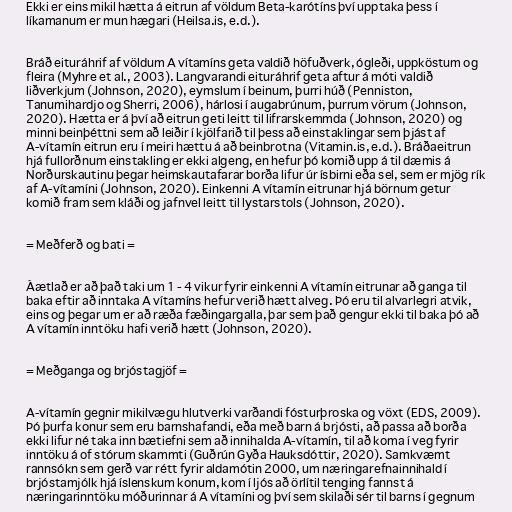
Ekki er eins mikil hætta á eitrun af völdum Beta-karótíns því upptaka þess í
líkamanum er mun hægari (Heilsa.is, e.d.).

Bráð eituráhrif af völdum A vítamíns geta valdið höfuðverk, ógleði, uppköstum og
fleira (Myhre et al., 2003). Langvarandi eituráhrif geta aftur á móti valdið
liðverkjum (Johnson, 2020), eymslum í beinum, þurri húð (Penniston,
Tanumihardjo og Sherri, 2006), hárlosi í augabrúnum, þurrum vörum (Johnson,
2020). Hætta er á því að eitrun geti leitt til lifrarskemmda (Johnson, 2020) og
minni beinþéttni sem að leiðir í kjölfarið til þess að einstaklingar sem þjást af
A-vítamín eitrun eru í meiri hættu á að beinbrotna (Vitamin.is, e.d.). Bráðaeitrun
hjá fullorðnum einstakling er ekki algeng, en hefur þó komið upp á til dæmis á
Norðurskautinu þegar heimskautafarar borða lifur úr ísbirni eða sel, sem er mjög rík
af A-vítamíni (Johnson, 2020). Einkenni A vítamín eitrunar hjá börnum getur
komið fram sem kláði og jafnvel leitt til lystarstols (Johnson, 2020).

= Meðferð og bati =

Áætlað er að það taki um 1 - 4 vikur fyrir einkenni A vítamín eitrunar að ganga til
baka eftir að inntaka A vítamíns hefur verið hætt alveg. Þó eru til alvarlegri atvik,
eins og þegar um er að ræða fæðingargalla, þar sem það gengur ekki til baka þó að
A vítamín inntöku hafi verið hætt (Johnson, 2020).

= Meðganga og brjóstagjöf =

A-vítamín gegnir mikilvægu hlutverki varðandi fósturþroska og vöxt (EDS, 2009).
Þó þurfa konur sem eru barnshafandi, eða með barn á brjósti, að passa að borða
ekki lifur né taka inn bætiefni sem að innihalda A-vítamín, til að koma í veg fyrir
inntöku á of stórum skammti (Guðrún Gyða Hauksdóttir, 2020). Samkvæmt
rannsókn sem gerð var rétt fyrir aldamótin 2000, um næringarefnainnihald í
brjóstamjólk hjá íslenskum konum, kom í ljós að örlítil tenging fannst á
næringarinntöku móðurinnar á A vítamíni og því sem skilaði sér til barns í gegnum